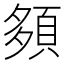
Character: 䫂